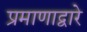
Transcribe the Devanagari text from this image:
प्रमाणाद्वारे